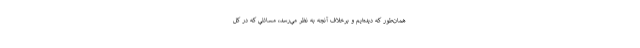
همان‌طور كه ديده‌ايم و برخلاف آنچه به نظر مي‌رسد، مسائلي كه در كل